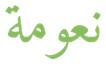
نعومة